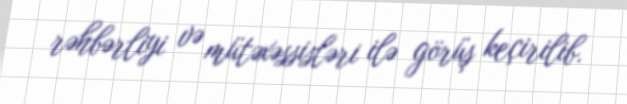
rəhbərliyi və mütəxəssisləri ilə görüş keçirilib.